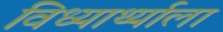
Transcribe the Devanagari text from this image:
विध्यार्थ्याला